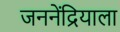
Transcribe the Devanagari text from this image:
जननेंद्रियाला